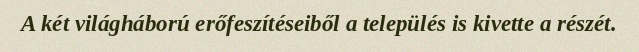
A két világháború erőfeszítéseiből a település is kivette a részét.